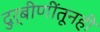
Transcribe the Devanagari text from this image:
दुर्बीणींतूनही